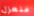
منعزل